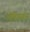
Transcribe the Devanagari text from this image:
भीतिग्रस्तांस